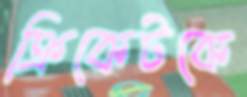
ক্রিকেটকে